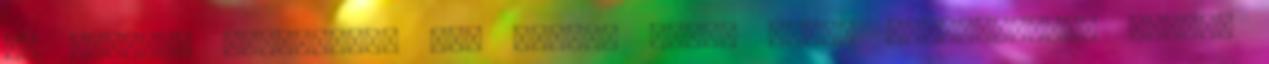
ez mennyei akaratból, nem lettél volna képes elfoglalni.’ Ezután